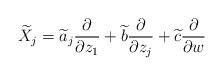
LaTeX: \begin{align*}\widetilde{X}_j =\widetilde{a}_j\frac{\partial}{\partial z_1}+\widetilde{b}\frac{\partial}{\partial z_j}+\widetilde{c}\frac{\partial}{\partial w}\end{align*}